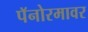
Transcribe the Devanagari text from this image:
पॅनोरमावर